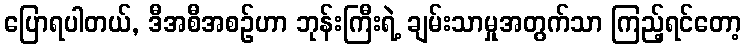
ပြောရပါတယ်, ဒီအစီအစဉ်ဟာ ဘုန်းကြီးရဲ့ ချမ်းသာမှုအတွက်သာ ကြည့်ရင်တော့